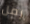
رمل